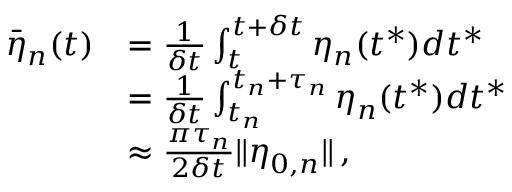
\begin{array} { r l } { \bar { \boldsymbol { \eta } } _ { n } ( t ) } & { = \frac { 1 } { \delta t } \int _ { t } ^ { t + \delta t } \boldsymbol { \eta } _ { n } ( t ^ { * } ) d t ^ { * } } \\ & { = \frac { 1 } { \delta t } \int _ { t _ { n } } ^ { t _ { n } + \tau _ { n } } \boldsymbol { \eta } _ { n } ( t ^ { * } ) d t ^ { * } } \\ & { \approx \frac { \pi \tau _ { n } } { 2 \delta t } \lVert \boldsymbol { \eta } _ { 0 , n } \rVert \, , } \end{array}